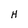
Character: H